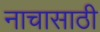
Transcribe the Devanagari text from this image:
नाचासाठी